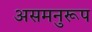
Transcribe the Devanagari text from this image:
असमनुरूप